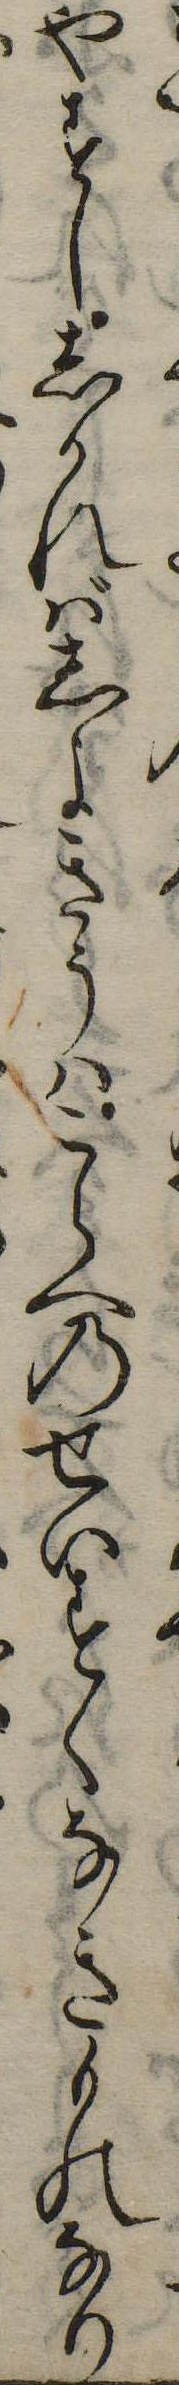
やすししかればしよきうはこらへのせいすくなきものなり